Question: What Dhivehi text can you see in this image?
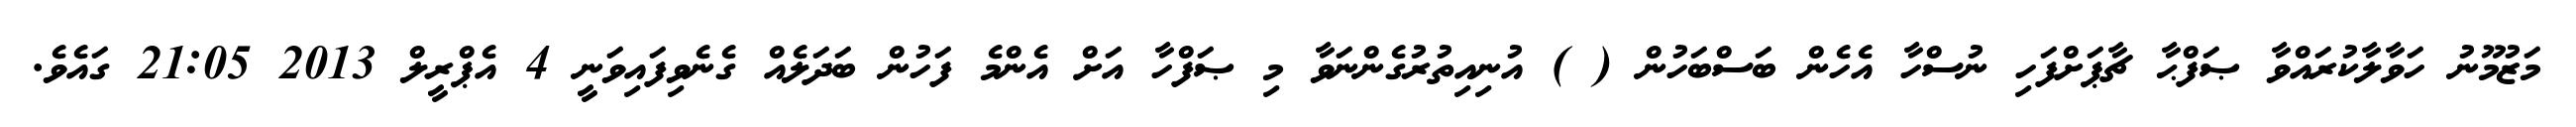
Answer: މަޒުމޫނު ހަވާލާކުރައްވާ ޞަފްޙާ ޗާޕަށްފަހި ނުސްހާ އެހެން ބަސްބަހުން ( ) އުނިއިތުރުގެންނަވާ މި ޞަފްހާ އަށް އެންމެ ފަހުން ބަދަލެއް ގެނެވިފައިވަނީ 4 އެޕްރީލް 2013 21:05 ގައެވެ.